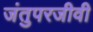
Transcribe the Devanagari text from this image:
जंतुपरजीवी